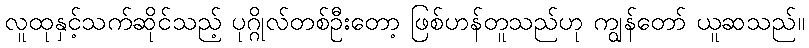
လူထုနှင့်သက်ဆိုင်သည့် ပုဂ္ဂိုလ်တစ်ဦးတော့ ဖြစ်ဟန်တူသည်ဟု ကျွန်တော် ယူဆသည်။